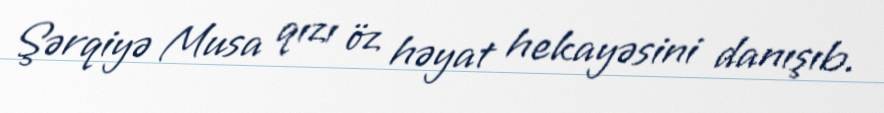
Şərqiyə Musa qızı öz həyat hekayəsini danışıb.